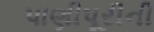
પાણીપૂરીની